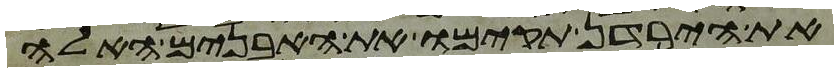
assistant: את הירדן תקימו את האבנים האלה